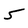
Character: 5